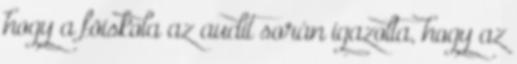
hogy a fõiskola az audit során igazolta, hogy az